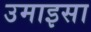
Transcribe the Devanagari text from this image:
उमाइसा